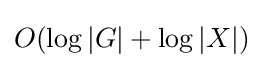
O(\log |G|+\log |X|)